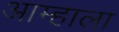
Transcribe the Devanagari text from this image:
आम्‍हाला